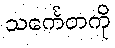
သင်္ကေတကို